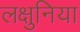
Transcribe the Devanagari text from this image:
लक्षुनिया